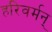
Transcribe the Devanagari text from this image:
हरिवर्मन्‌